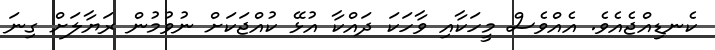
ކެނޑިއްޖެއެވެ. އެއްވެސް މީހަކާއި ވާހަކަ ދައްކާ އުޅޭ ކުއްޖަކަށް ނުވުމުން ރަޔާލަށް ގިނަ